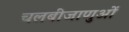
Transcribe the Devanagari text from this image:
चलबीजाणुओं